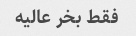
فقط بخر عالیه